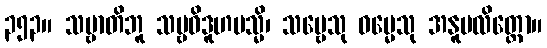
၃၅၃။ သဗ္ဗာတိဘူ သဗ္ဗဝိဒူဟမသ္မိ၊ သဗ္ဗေသု ဓမ္မေသု အနူပလိတ္တော။